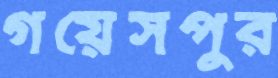
গয়েসপুর